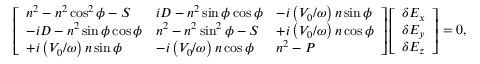
\left[ \begin{array} { l l l } { n ^ { 2 } - n ^ { 2 } \cos ^ { 2 } \phi - S } & { i D - n ^ { 2 } \sin \phi \cos \phi } & { - i \left( V _ { 0 } / \omega \right) n \sin \phi } \\ { - i D - n ^ { 2 } \sin \phi \cos \phi } & { n ^ { 2 } - n ^ { 2 } \sin ^ { 2 } \phi - S } & { + i \left( V _ { 0 } / \omega \right) n \cos \phi } \\ { + i \left( V _ { 0 } / \omega \right) n \sin \phi } & { - i \left( V _ { 0 } / \omega \right) n \cos \phi } & { n ^ { 2 } - P } \end{array} \right] \left[ \begin{array} { l } { \delta E _ { x } } \\ { \delta E _ { y } } \\ { \delta E _ { z } } \end{array} \right] = 0 ,